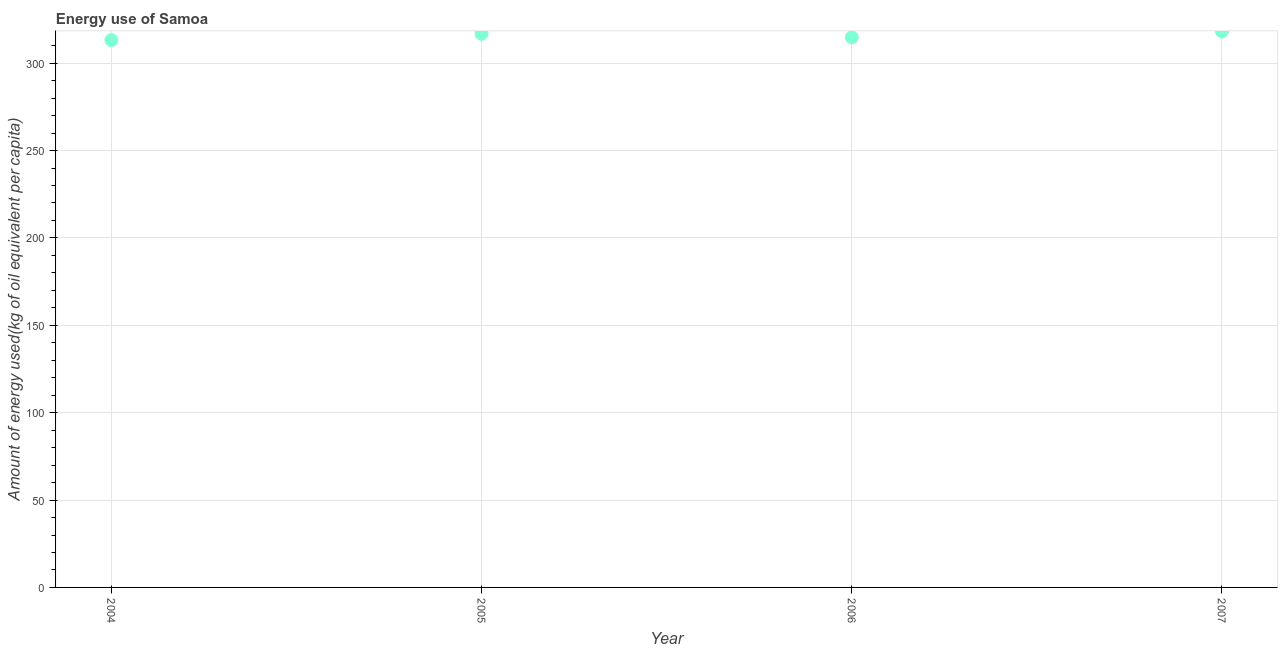
| Year | Energy use  |
 | --- | --- |
 | 2004 | 313 |
 | 2005 | 317 |
 | 2006 | 315 |
 | 2007 | 318 |